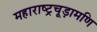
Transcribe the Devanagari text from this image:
महाराष्ट्रचूड़ामणि